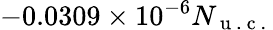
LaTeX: -0.0309\times 10^{-6}N_{\mathrm{~u~.~c~.~}}